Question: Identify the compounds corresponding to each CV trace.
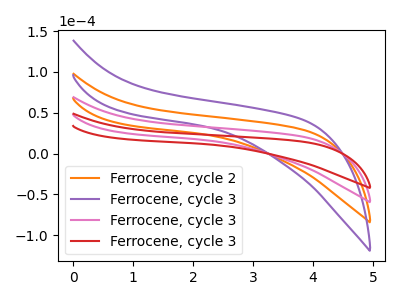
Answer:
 <answer>The orange curve is labeled "Ferrocene, cycle 2". The purple curve is labeled "Ferrocene, cycle 3". The pink curve is labeled "Ferrocene, cycle 3". The red curve is labeled "Ferrocene, cycle 3".</answer>
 <eval></eval>